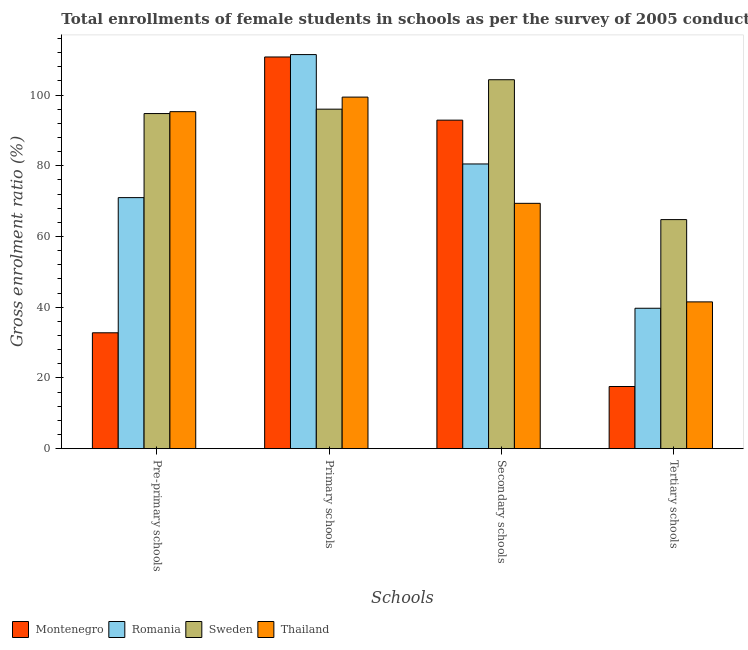
| Schools | Montenegro | Romania | Sweden | Thailand |
 | --- | --- | --- | --- | --- |
 | Pre-primary schools | 32.8 | 71 | 94.8 | 95.3 |
 | Primary schools | 111 | 111 | 96 | 99.4 |
 | Secondary schools | 92.9 | 80.5 | 104 | 69.4 |
 | Tertiary schools | 17.6 | 39.7 | 64.8 | 41.5 |